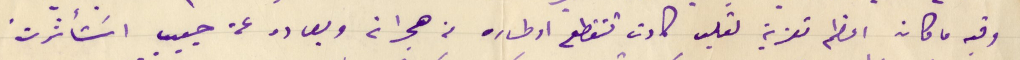
وفيه ما كان اعظم تعزية لقلب كادت تتقطع اوطاره من هجرانه وبعاده عن حبيب اسَتأثرت